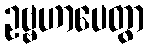
ဥဗ္ဗဟာပေတွာ